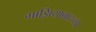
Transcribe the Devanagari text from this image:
गाझियाबादच्या